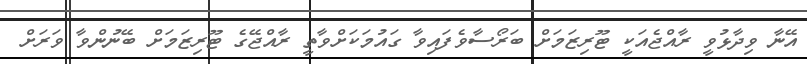
އޭނާ ވިދާޅުވީ ރާއްޖެއަކީ ޓޫރިޒަމަށް ބަރޯސާވެފައިވާ ގައުމަކަށްވާތީ ރާއްޖޭގެ ޓޫރިޒަމަށް ބޭނުންވާ ވަރަށް